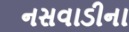
નસવાડીના